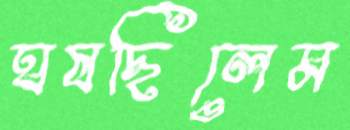
ঘষছিলেম